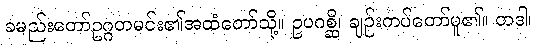
ခမည်းတော်ဥဂ္ဂတမင်း၏အထံတော်သို့။ ဥပဂစ္ဆိ၊ ချဉ်းကပ်တော်မူ၏။ တဒါ၊